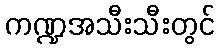
ကဏ္ဍအသီးသီးတွင်